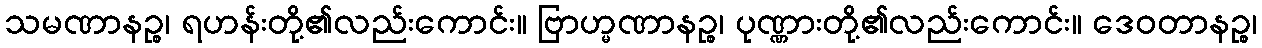
သမဏာနဉ္စ၊ ရဟန်းတို့၏လည်းကောင်း။ ဗြာဟ္မဏာနဉ္စ၊ ပုဏ္ဏားတို့၏လည်းကောင်း။ ဒေဝတာနဉ္စ၊